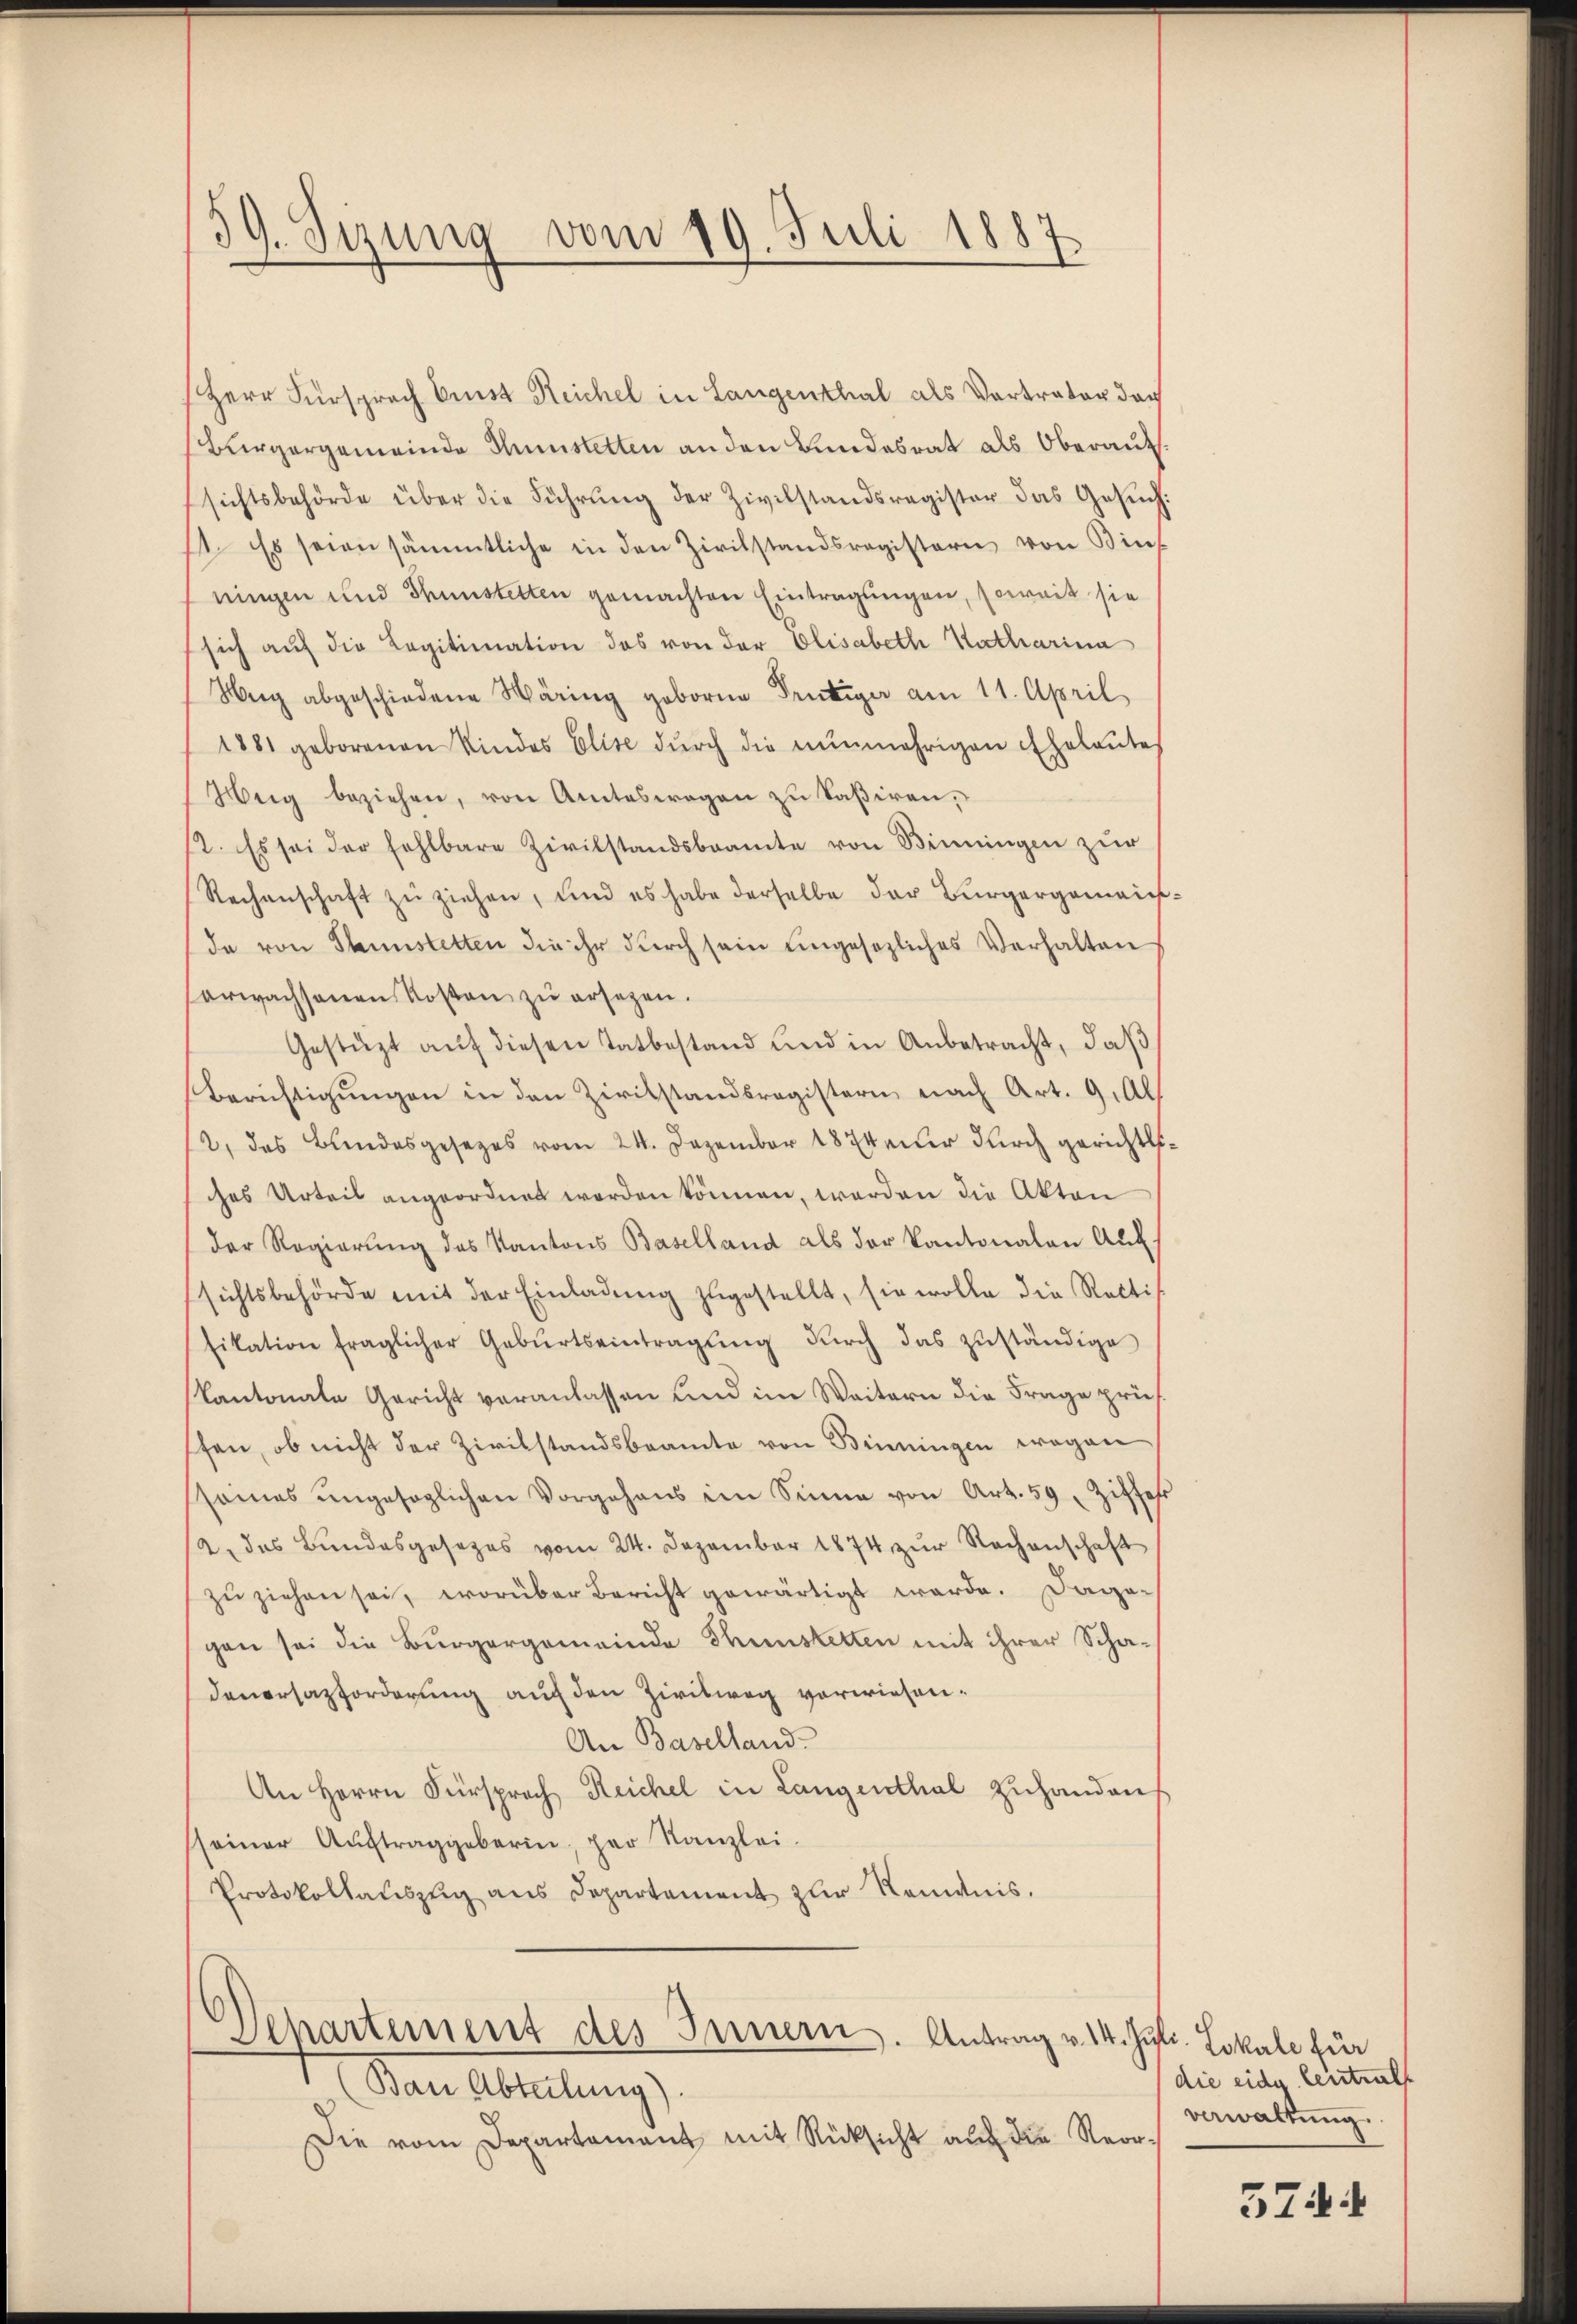
39. Sizung vom 19. Juli 1887.

Herr Fürsprach Ernst Reichel in Langenthal als Vertrater doch
Bürgergemeinde Gunstetten an den Bundesrat als Oberaufsichtsbehörde über die Führung der Zivilstandsregister das Gesŭch.
1. Es seien sämmtliche in den Zivilstandsregistern von Binf
ningen und Thunstetten gemachten Eintragungen, soweit sie
sich auf die Legitimation das von der Elisabeth Katharina
Herg abgeschiedene Wäring geborne Truttiger am 11. April
1881 geborenen Kindes Elise dŭrch die nŭnmehrigen Eheleutes
Weig beziehen, von Amteswegen zu Saßiren,
12. Es sei der fehlbare Zivilstandsbeamte von Binnungen zŭr
Rechenschaft zu ziehen, und es habe derselbe der Bürgergemeins
da von Thunstetten die ihr durch sein eingesezliches Verhalten
erwachsenen Kosten zŭ ersezen.
Gestützt aŭf diesen Tatbestand und in Anbetracht, daβ
Berichtigŭngen in den Zivilstandsregistern nach Art. 9. Al
2, das Bundesgesezes vom 24. Dezember 1874eŭr dŭrch gericht.
ches Urteil angeordnet worden können, werden die Akten
der Regierŭng des Kantons Baselland als der Kantonalen Auf
sichtsbehörde mit der Einladŭng zugestellt, sie wolle die Recti
fikation fraglicher Gebŭrtseintragŭng dŭrch das zŭständige
kantonale Gericht veranlassen und im Weitern die Frage prüf
fen, ob nicht der Zivilstandsbeamte von Benningen wegen
seines ŭngesaglichen Vorgehens im Sinne von Art. 59. Ziffes
2. das Bundesgesezes vom 24. Dezember 1874 zur Sachenschaft
zŭ ziehen sei, worüber Bericht gewärtigt werde. Dagegen sei die Bürgergemeinde Thunstetten mit ihrer Schadenorsazforderung auch den Zivilweg vorwiesen.
An Baselland
An Herrn Fürsprach Reichel in Langenthal zuhanden
sseiner Aŭftraggeberin, per Kanzlei.
Protokollauszug aus Departement zur Nominis.

Departement des Innern. Antrag v. 14. Juli. Lokale für

Ban Abteilung).
Die vom Departament mit Rücksicht auf die Reor¬

die eidg. Centrals
verwaltung.

5744